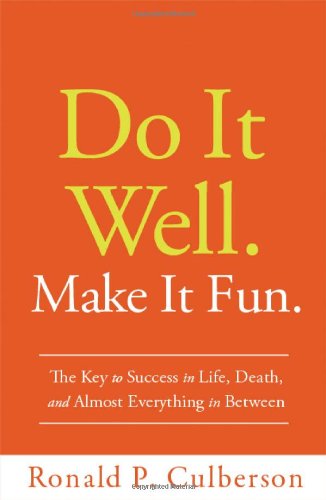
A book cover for Do It Well. Make It Fun.: The Key to Success in Life, Death, and Almost Everything in Between; Ronald Culberson; Humor & Entertainment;